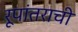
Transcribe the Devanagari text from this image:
रूपांतराची